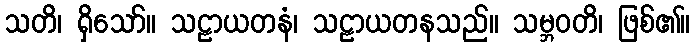
သတိ၊ ရှိသော်။ သဠာယတနံ၊ သဠာယတနသည်။ သမ္ဘဝတိ၊ ဖြစ်၏။